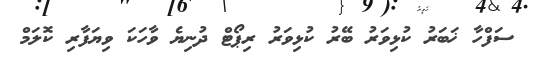
ސަފްހާ ޚަބަރު ކުޅިވަރު ބޭރު ކުޅިވަރު ރިޕޯޓް ދުނިޔެ ވާހަކަ ވިޔަފާރި ކޮލަމް